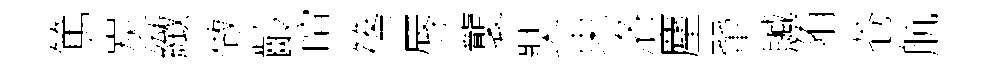
篤炭緻做齡喧篠辱襲奘束洛麈翬贓陏苍航